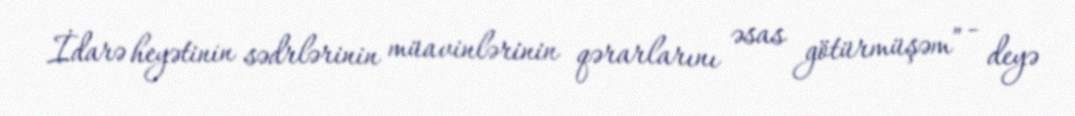
İdarə heyətinin sədrlərinin müavinlərinin qərarlarını əsas götürmüşəm” - deyə